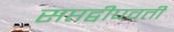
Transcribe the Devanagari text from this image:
सप्तद्वीपवती